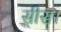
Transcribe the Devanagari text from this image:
सीस।